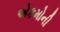
એકમોની